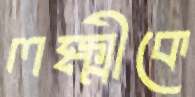
লক্ষ্মীকে